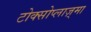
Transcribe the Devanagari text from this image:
टोक्सोप्लाज़्मा